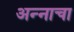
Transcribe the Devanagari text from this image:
अन्‍नाचा